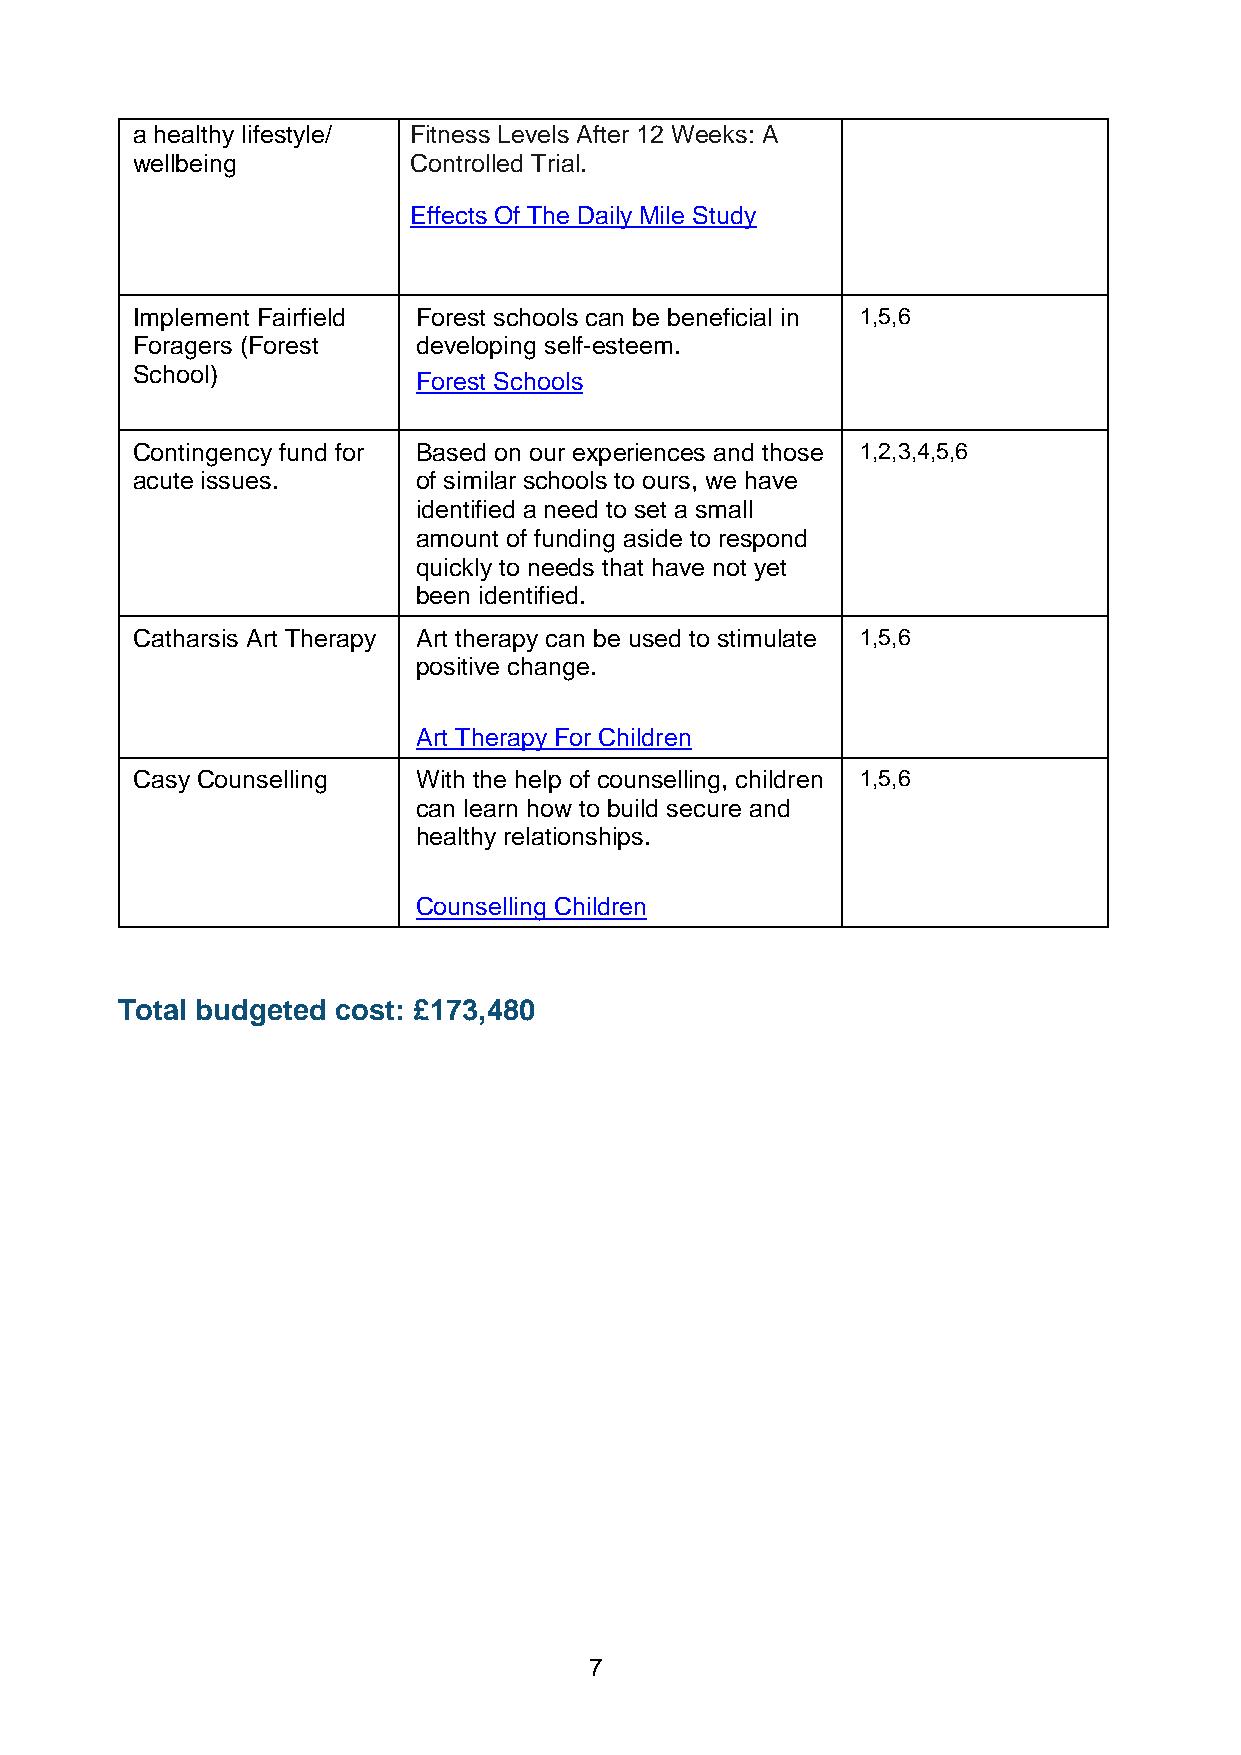
a healthy lifestyle/ Fitness Levels After 12 Weeks: A
 wellbeing         Controlled Trial.
 Effects Of The Daily Mile Study
 Implement Fairfield Forest schools can be beneficial in 1,5,6
 Foragers (Forest   developing self-esteem.
 School)            Forest Schools
 Contingency fund for Based on our experiences and those 1,2,3,4,5,6
 acute issues.      of similar schools to ours, we have
 identified a need to set a small
 amount of funding aside to respond
 quickly to needs that have not yet
 been identified.
 Catharsis Art Therapy Art therapy can be used to stimulate 1,5,6
 positive change.
 Art Therapy For Children
 Casy Counselling   With the help of counselling, children 1,5,6
 can learn how to build secure and
 healthy relationships.
 Counselling Children
 Total budgeted cost: £173,480
 7